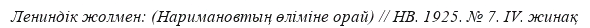
Лениндік жолмен: (Наримановтың өліміне орай) // НВ. 1925. № 7. IV. жинақ